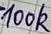
Text: 100K